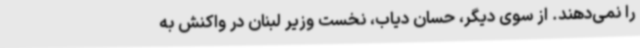
را نمی‌دهند. از سوی دیگر، حسان دیاب، نخست وزیر لبنان در واکنش به